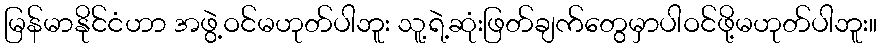
မြန်မာနိုင်ငံဟာ အဖွဲ့ဝင်မဟုတ်ပါဘူး သူ့ရဲ့ဆုံးဖြတ်ချက်တွေမှာပါဝင်ဖို့မဟုတ်ပါဘူး။